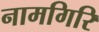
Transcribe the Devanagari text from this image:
नामगिरि